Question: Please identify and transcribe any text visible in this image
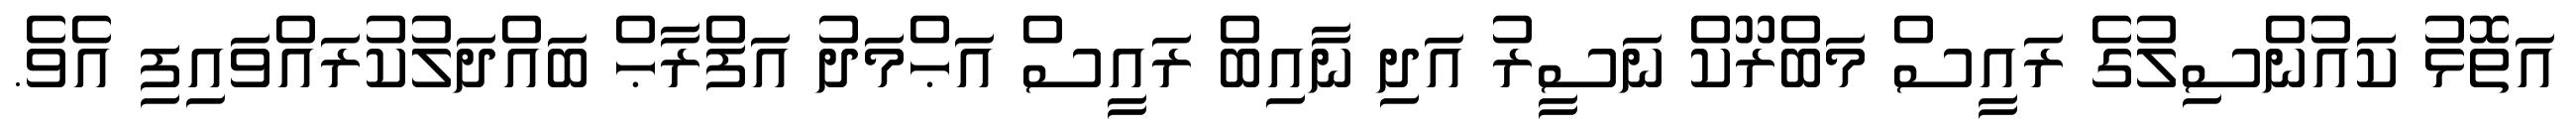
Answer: އަތޮޅު ކައުންސިލުގެ ރައީސް މަބްރޫކް ނަސީރު އަދި ނާއިބް ރައީސް އަޙްމަދު އަފްރާޙް ބައްދަލުކުރައްވައިފި އެވެ.